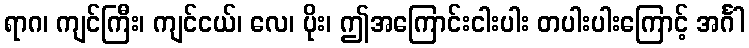
ရာဂ၊ ကျင်ကြီး၊ ကျင်ငယ်၊ လေ၊ ပိုး၊ ဤအကြောင်းငါးပါး တပါးပါးကြောင့် အင်္ဂါ